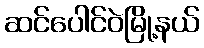
ဆင်ပေါင်ဝဲမြို့နယ်